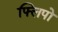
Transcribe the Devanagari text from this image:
फ्लिपो